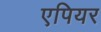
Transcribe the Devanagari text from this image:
एपियर